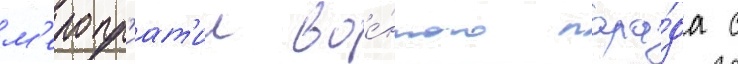
м'еропр'иат'ии вое́нного пара́да с